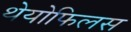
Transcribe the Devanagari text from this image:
थेयोफिलस